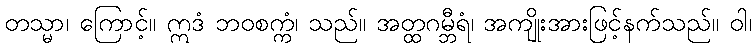
တသ္မာ၊ ကြောင့်။ ဣဒံ ဘဝစက္ကံ၊ သည်။ အတ္ထဂမ္ဘီရံ၊ အကျိုးအားဖြင့်နက်သည်။ ဝါ၊